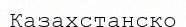
Казахстанско